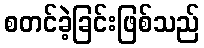
စတင်ခဲ့ခြင်းဖြစ်သည်